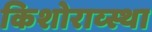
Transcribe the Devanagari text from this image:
किशोराव्स्था